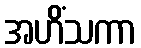
အဟိံသကာ